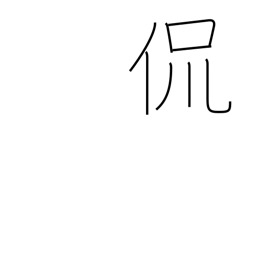
Meaning: just